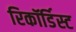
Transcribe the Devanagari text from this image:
रिकॉर्डिस्ट